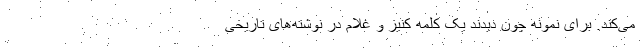
می‌کند. برای نمونه چون دیدند یک کلمه کنیز و غلام در نوشته‌های تاریخی